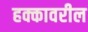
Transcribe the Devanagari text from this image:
हक्कावरील